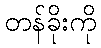
တန်ခိုးကို